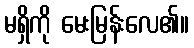
မရှိကို မေးမြန်းလေ၏။